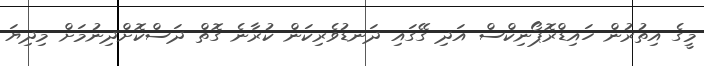
މީގެ އިތުރުން ހައިޑްރޮޕޯނިކްސް އަދި ގޭގައި ދަނޑުވެރިކަން ކުރާނެ ގޮތް ދަސްކޮށްދިނުމަށް މިދިޔަ